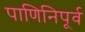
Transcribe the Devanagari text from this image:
पाणिनिपूर्व